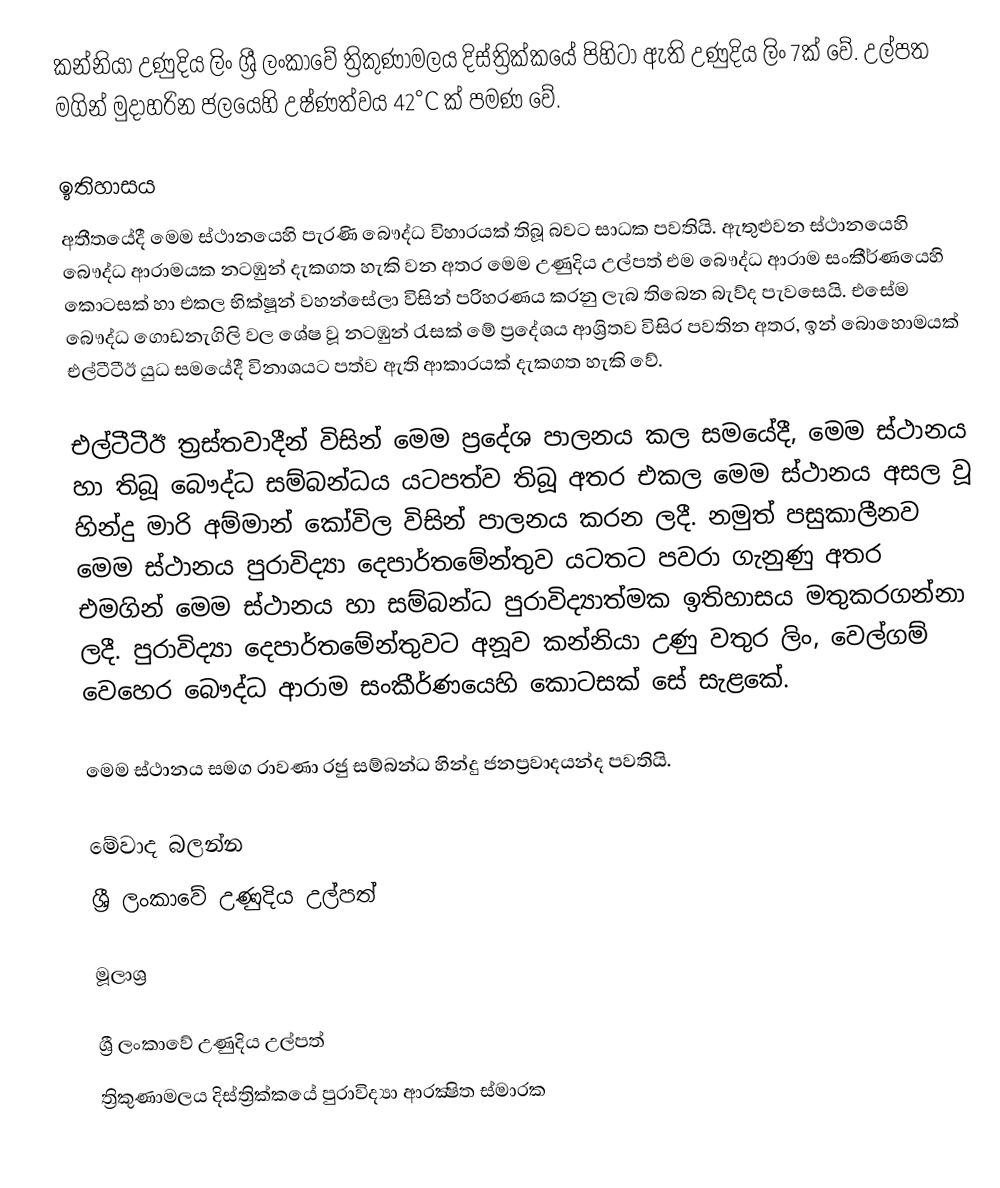
කන්නියා උණුදිය ලිං ශ්‍රී ලංකාවේ ත්‍රිකුණාමලය දිස්ත්‍රික්කයේ පිහිටා ඇති උණුදිය ලිං 7ක් වේ. උල්පත මගින් මුදාහරින ජලයෙහි උෂ්ණත්වය 42°C ක් පමණ වේ.

ඉතිහාසය
අතීතයේදී මෙම ස්ථානයෙහි පැරණි බෞද්ධ විහාරයක් තිබූ බවට සාධක පවතියි. ඇතුළුවන ස්ථානයෙහි බෞද්ධ ආරාමයක නටඹුන් දැකගත හැකි වන අතර මෙම උණුදිය උල්පත් එම බෞද්ධ ආරාම සංකීර්ණයෙහි කොටසක් හා එකල භික්ෂූන් වහන්සේලා විසින් පරිහරණය කරනු ලැබ තිබෙන බැව්ද පැවසෙයි. එසේම බෞද්ධ ගොඩනැගිලි වල ශේෂ වූ නටඹුන් රැසක් මේ ප්‍රදේශය ආශ්‍රිතව විසිර පවතින අතර, ඉන් බොහොමයක් එල්ටීටීඊ යුධ සමයේදී විනාශයට පත්ව ඇති ආකාරයක් දැකගත හැකි වේ.

එල්ටීටීඊ ත්‍රස්තවාදීන් විසින් මෙම ප්‍රදේශ පාලනය කල සමයේදී, මෙම ස්ථානය හා තිබූ බෞද්ධ සම්බන්ධය යටපත්ව තිබූ අතර එකල මෙම ස්ථානය අසල වූ හින්දු මාරි අම්මාන් කෝවිල විසින් පාලනය කරන ලදී. නමුත් පසුකාලීනව මෙම ස්ථානය පුරාවිද්‍යා දෙපාර්තමේන්තුව යටතට පවරා ගැනුණු අතර එමගින් මෙම ස්ථානය හා සම්බන්ධ පුරාවිද්‍යාත්මක ඉතිහාසය මතුකරගන්නා ලදී. පුරාවිද්‍යා දෙපාර්තමේන්තුවට අනූව කන්නියා උණු වතුර ලිං, වෙල්ගම් වෙහෙර බෞද්ධ ආරාම සංකීර්ණයෙහි කොටසක් සේ සැළකේ.

මෙම ස්ථානය සමග රාවණා රජු සම්බන්ධ හින්දු ජනප්‍රවාදයන්ද පවතියි.

මේවාද බලන්න
 ශ්‍රී ලංකාවේ උණුදිය උල්පත්

මූලාශ්‍ර

ශ්‍රී ලංකාවේ උණුදිය උල්පත්
ත්‍රිකුණාමලය දිස්ත්‍රික්කයේ පුරාවිද්‍යා ආරක්‍ෂිත ස්මාරක